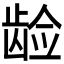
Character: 𱌵